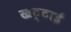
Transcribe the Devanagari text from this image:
खट्टाई